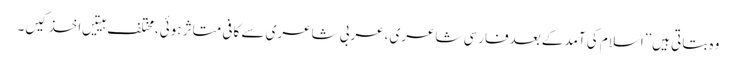
وہ بتاتی ہیں’’اسلام کی آمد کے بعدفارسی شاعری ،عربی شاعری سے کافی متاثر ہوئی،مختلف ہیتیں اخذ کیں۔